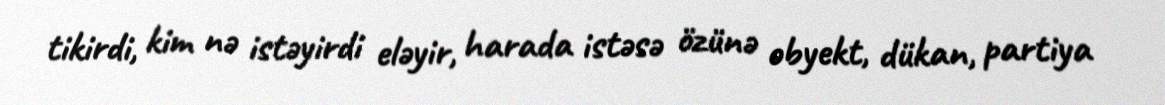
tikirdi, kim nə istəyirdi eləyir, harada istəsə özünə obyekt, dükan, partiya